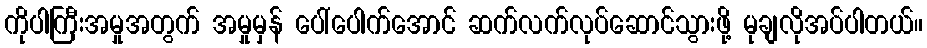
ကိုပါကြီးအမှုအတွက် အမှုမှန် ပေါ်ပေါက်အောင် ဆက်လက်လုပ်ဆောင်သွားဖို့ မုချလိုအပ်ပါတယ်။